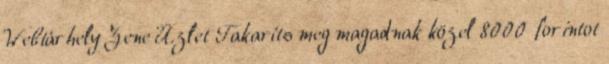
Webtárhely Zene Üzlet Takaríts meg magadnak közel 8000 forintot